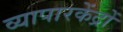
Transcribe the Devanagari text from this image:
व्यापारकेंद्रों